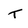
Character: T